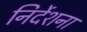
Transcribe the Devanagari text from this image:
निर्देशना